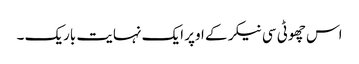
اس چھوٹی سی نیکر کے اوپر ایک نہایت باریک ۔